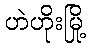
ဟဲဟိုးမြို့